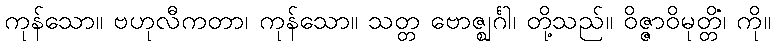
ကုန်သော။ ဗဟုလီကတာ၊ ကုန်သော။ သတ္တ ဗောဇ္ဈင်္ဂါ၊ တို့သည်။ ဝိဇ္ဇာဝိမုတ္တိံ၊ ကို။